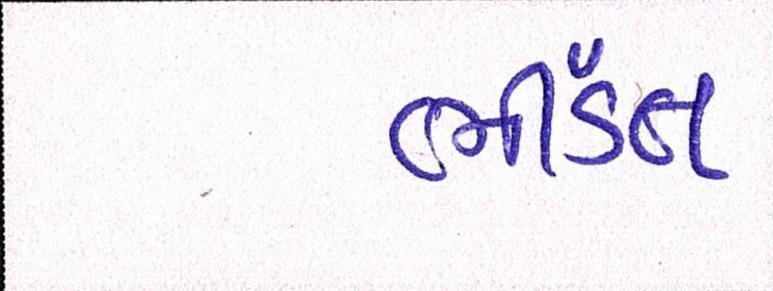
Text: ભીડંત